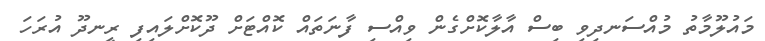
މައުލޫމާތު މުއްސަނދިވި ބިސް އާލާކޮށްގެން ވިއްސި ފާނަތައް ކޮއްޓަށް ދޫކޮށްލައިފި ރީނދޫ އުރަހަ